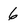
Character: 6